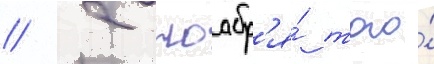
// 2 ноабр'я́ того́